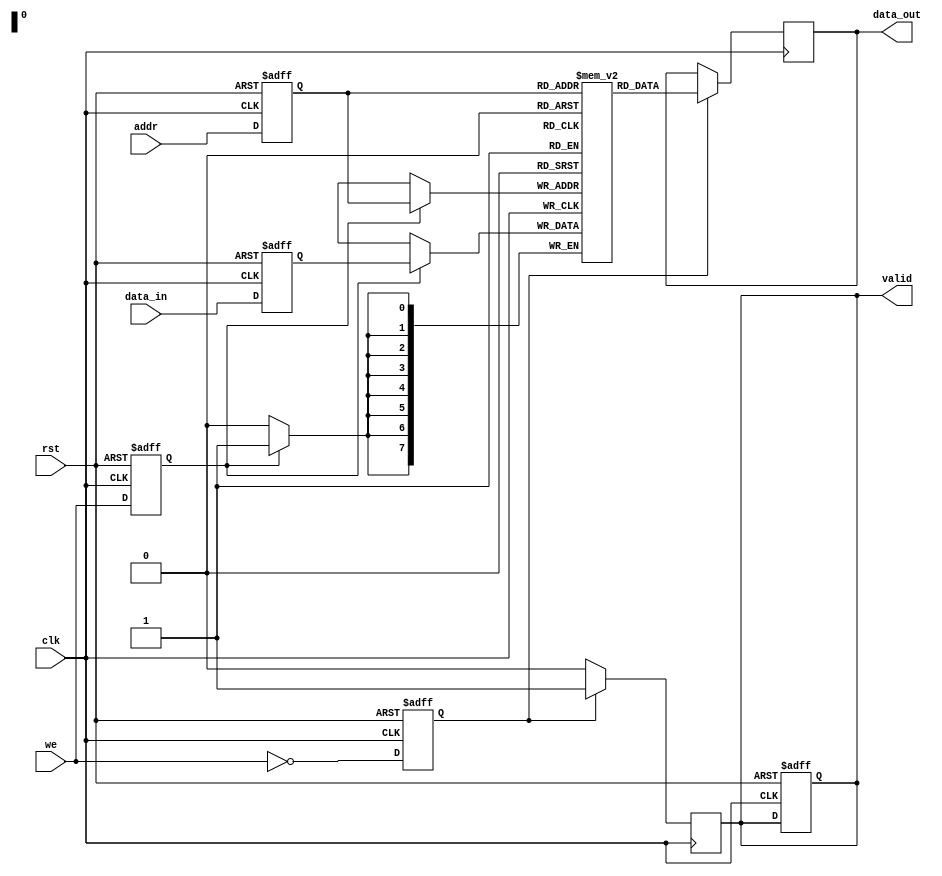
module pipeline_sram #(
    parameter ADDR_WIDTH = 8,
    parameter DATA_WIDTH = 8,
    parameter MEM_SIZE = 256
)(
    input wire clk,
    input wire rst,
    input wire we, // Write enable
    input wire [ADDR_WIDTH-1:0] addr, // Address input
    input wire [DATA_WIDTH-1:0] data_in, // Data input
    output reg [DATA_WIDTH-1:0] data_out, // Data output
    output reg valid // Output valid signal
);

    // Memory array
    reg [DATA_WIDTH-1:0] mem [0:MEM_SIZE-1];

    // Pipeline registers
    reg [ADDR_WIDTH-1:0] addr_reg;
    reg [DATA_WIDTH-1:0] data_reg;
    reg we_reg;
    reg read_valid;

    // Address Decoder
    wire [ADDR_WIDTH-1:0] decoded_addr;

    // Control Logic
    always @(posedge clk or posedge rst) begin
        if (rst) begin
            addr_reg <= 0;
            data_reg <= 0;
            we_reg <= 0;
            valid <= 0;
            read_valid <= 0;
        end else begin
            // Pipeline stages
            addr_reg <= addr; // Stage 1: Address input
            data_reg <= data_in; // Stage 2: Data input
            we_reg <= we; // Stage 3: Write enable
            read_valid <= ~we; // If not writing, set read valid
        end
    end

    // Write Operation
    always @(posedge clk) begin
        if (we_reg) begin
            mem[addr_reg] <= data_reg; // Write data to memory
        end
    end

    // Read Operation
    always @(posedge clk) begin
        if (read_valid) begin
            data_out <= mem[addr_reg]; // Read data from memory
            valid <= 1; // Set valid flag
        end else begin
            valid <= 0; // Clear valid flag
        end
    end

endmodule